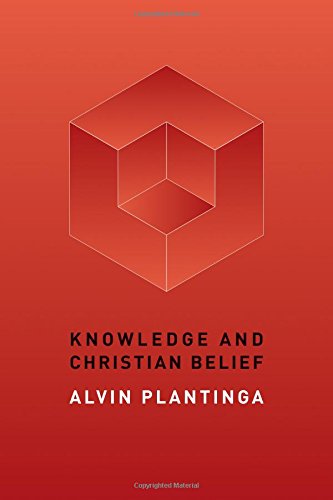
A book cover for Knowledge and Christian Belief; Alvin Plantinga; Politics & Social Sciences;